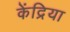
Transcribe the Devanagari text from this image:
केंद्रिया